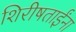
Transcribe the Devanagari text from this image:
शिरीषताईंना